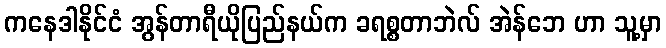
ကနေဒါနိုင်ငံ အွန်တာရီယိုပြည်နယ်က ခရစ္စတာဘဲလ် အဲန်ဘေ ဟာ သူ့မှာ